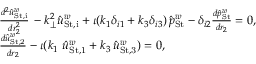
\begin{array} { r l } & { \frac { d ^ { 2 } \hat { u } _ { \mathrm { S t , i } } ^ { w } } { d r _ { 2 } ^ { 2 } } \, - k _ { \perp } ^ { 2 } \hat { u } _ { \mathrm { S t , i } } ^ { w } + \iota ( k _ { 1 } \delta _ { i 1 } + k _ { 3 } \delta _ { i 3 } ) \, \hat { p } _ { \mathrm { S t } } ^ { w } - \delta _ { i 2 } \frac { d \hat { p } _ { \mathrm { S t } } ^ { w } } { d r _ { 2 } } = 0 , } \\ & { \frac { d \hat { u } _ { \mathrm { S t , 2 } } ^ { w } } { d r _ { 2 } } - \iota ( k _ { 1 } \, \, \hat { u } _ { \mathrm { S t , 1 } } ^ { w } + k _ { 3 } \, \hat { u } _ { \mathrm { S t , 3 } } ^ { w } ) = 0 , } \end{array}